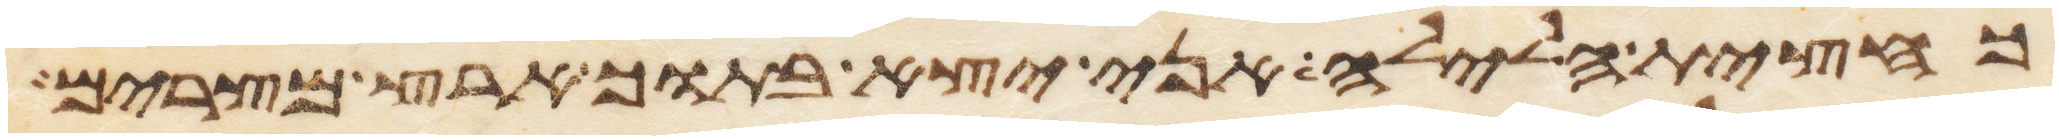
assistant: כחצית הלילה אני יצא בתוך ארץ מצרים